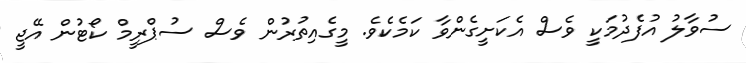
ސުވާލު އުފެދުމަކީ ވެސް އެކަށީގެންވާ ކަމެކެވެ. މީގެއިތުރުން ވެސް ސުޕްރީމް ކޯޓުން އޭޖީ